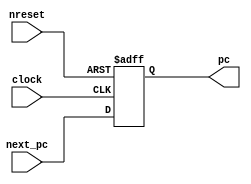
/* Generated by Yosys 0.23 (git sha1 7ce5011c24b, gcc 11.3.0 -fPIC -Os) */

(* hdlname = "\\\\ProgramCounter" *)
(* top =  1  *)
(* src = "rtl/mps/ProgramCounter.v:1.1-13.10" *)
module ProgramCounter(pc, next_pc, clock, nreset);
  (* src = "rtl/mps/ProgramCounter.v:4.11-4.16" *)
  input clock;
  wire clock;
  (* src = "rtl/mps/ProgramCounter.v:3.18-3.25" *)
  input [31:0] next_pc;
  wire [31:0] next_pc;
  (* src = "rtl/mps/ProgramCounter.v:4.18-4.24" *)
  input nreset;
  wire nreset;
  (* src = "rtl/mps/ProgramCounter.v:2.23-2.25" *)
  output [31:0] pc;
  reg [31:0] pc;
  (* src = "rtl/mps/ProgramCounter.v:6.5-12.8" *)
  always @(posedge clock, negedge nreset)
    if (!nreset) pc <= 32'd0;
    else pc <= next_pc;
endmodule